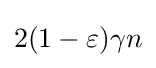
2(1-\varepsilon )\gamma n